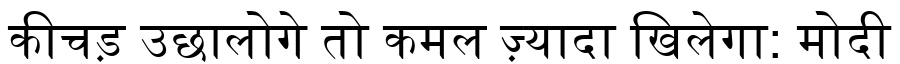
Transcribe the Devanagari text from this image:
कीचड़ उछालोगे तो कमल ज़्यादा खिलेगा: मोदी